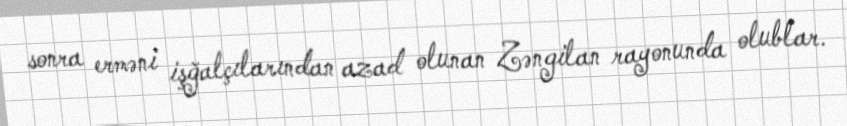
sonra erməni işğalçılarından azad olunan Zəngilan rayonunda olublar.